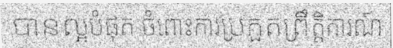
បានល្អបំផុត ចំពោះការប្រកួតព្រឹត្តិការណ៍